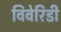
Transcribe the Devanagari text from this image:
विवेरिडी